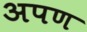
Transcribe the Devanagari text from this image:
अपण